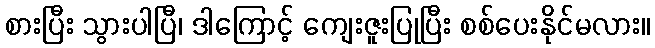
စားပြီး သွားပါပြီ၊ ဒါကြောင့် ကျေးဇူးပြုပြီး စစ်ပေးနိုင်မလား။